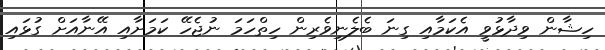
ހިޝާން ވިދާޅުވީ އެކަމާއި ގިނަ ބެލެނިވެރިން ހިތްހަމަ ނުޖެހޭ ކަމަށާއި އޭނާއަށް ގުޅައި